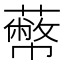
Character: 𦿝